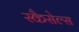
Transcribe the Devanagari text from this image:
स्कैसेल्स